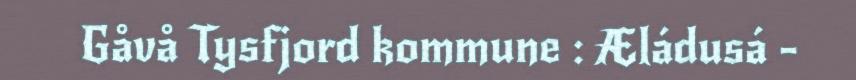
Gåvå Tysfjord kommune : Æládusá -